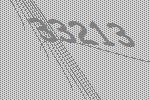
33213